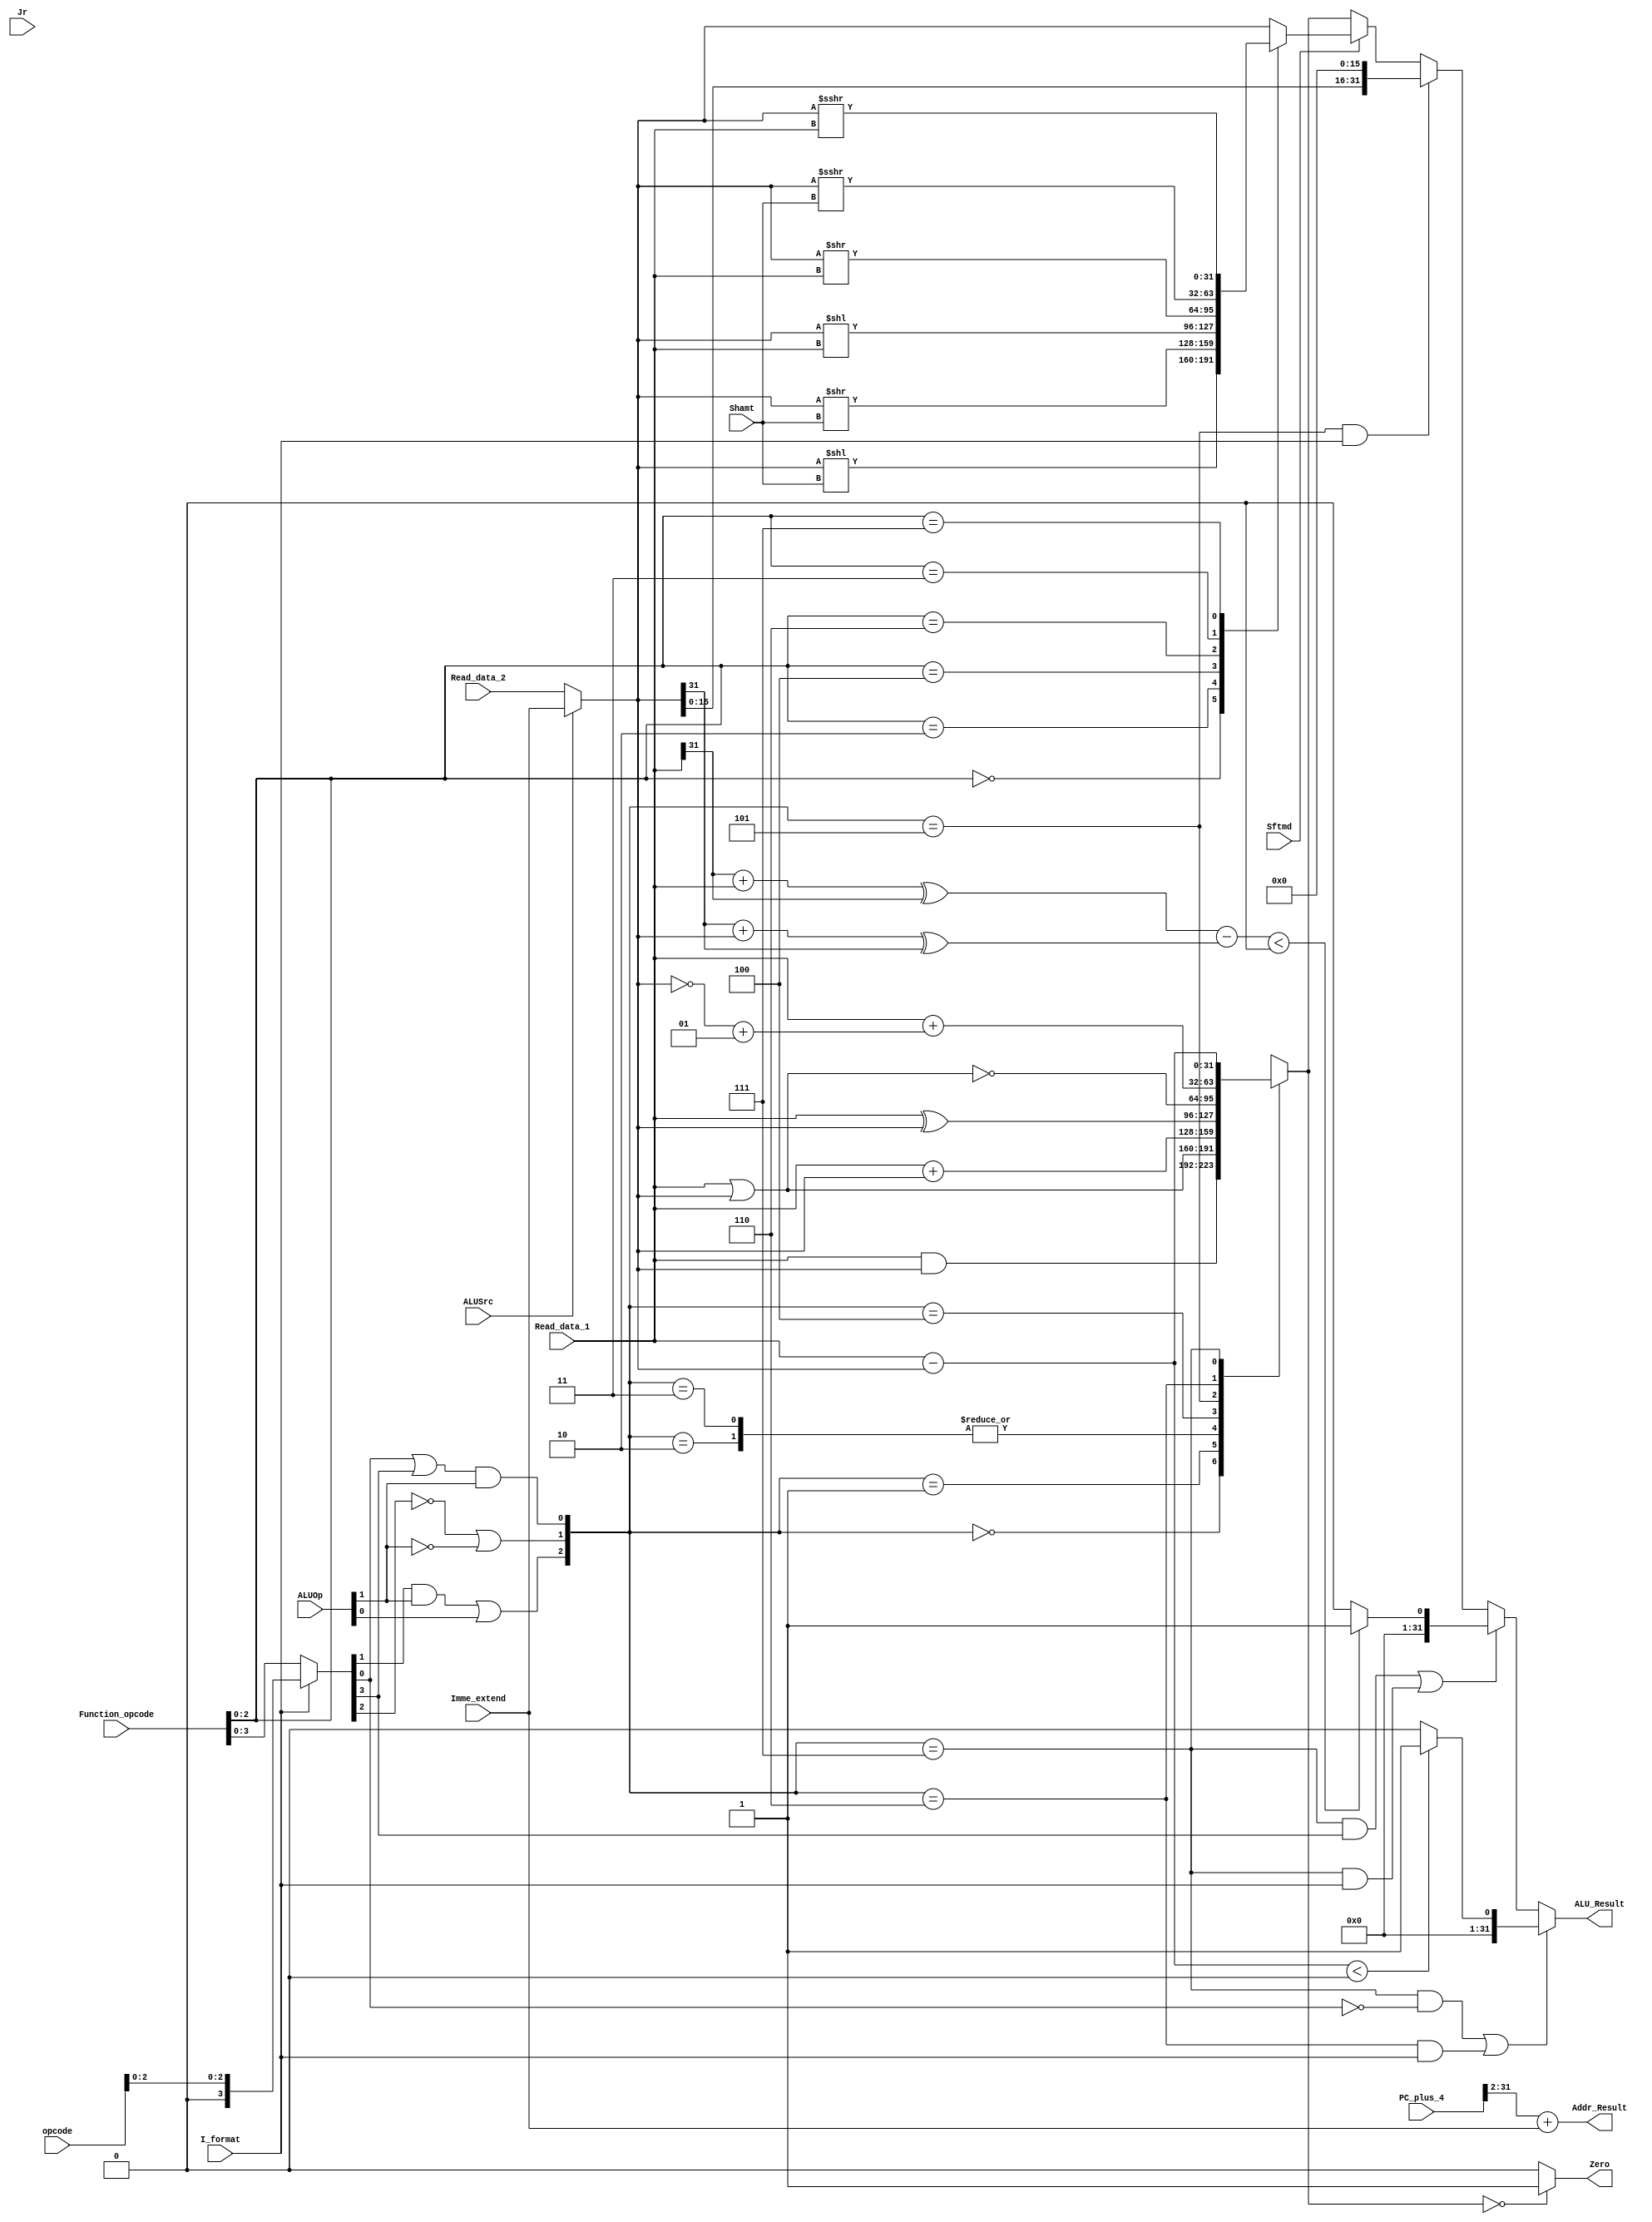
module Executs32(
input[31:0] Read_data_1,
input[31:0] Read_data_2,
input[31:0] Imme_extend,
input[5:0] Function_opcode,
input[5:0] opcode,
input[1:0] ALUOp,
input[4:0] Shamt,
input Sftmd,
input ALUSrc,
input I_format,
input Jr,
input[31:0] PC_plus_4,

output Zero,
output reg [31:0] ALU_Result,
output [31:0] Addr_Result

);

wire signed [31:0] Ainput, Binput;//take into account sltu
wire [31:0] abs_A, abs_B;
wire[5:0] Exe_code;
wire[2:0] ALU_ctl;
wire[2:0] Sftm;
reg[31:0] Shift_Result;

wire[32:0] Branch_Addr;
//choosing operand
assign Ainput = Read_data_1;
assign Binput = (ALUSrc == 0) ? Read_data_2 : Imme_extend[31:0];
assign abs_A = ((Ainput >>> 31) + Ainput) ^ (Ainput >>> 31);
assign abs_B = ((Binput >>> 31) + Binput) ^ (Binput >>> 31);
//internal control 
assign Exe_code = (I_format == 0) ? Function_opcode : {3'b000, opcode[2:0]};
assign ALU_ctl[0] = (Exe_code[0] | Exe_code[3]) & ALUOp[1]; 
assign ALU_ctl[1] = ( (!Exe_code[2]) | (!ALUOp[1]) );
assign ALU_ctl[2] = ( Exe_code[1] & ALUOp[1] ) | ALUOp[0];
//identify the type of shift instruction
assign Sftm = Function_opcode[2:0];

//part1: Arithmetic and logical operation
reg[31:0] ALU_output_mux;

always @(ALU_ctl or Ainput or Binput)
begin
case(ALU_ctl)
    3'b000: ALU_output_mux = Ainput & Binput;
    3'b001: ALU_output_mux = Ainput | Binput;
    3'b010: ALU_output_mux = Ainput + Binput;
    3'b011: ALU_output_mux = Ainput + Binput;//addu addiu
    3'b100: ALU_output_mux = Ainput ^ Binput;
    3'b101: ALU_output_mux = ~(Ainput | Binput);
    3'b110: ALU_output_mux = Ainput + (~Binput +1);//beq bne sub slti
    3'b111: ALU_output_mux = Ainput - Binput; //subu, sltiu slt sltu
    default: ALU_output_mux = 32'h0000_0000;
endcase
end
//part2: Shift operation 
always @* 
begin 
    if(Sftmd)
        case(Sftm[2:0])
            3'b000:Shift_Result = Binput << Shamt; //Sll rd,rt,shamt 00000
            3'b010:Shift_Result = Binput >> Shamt; //Srl rd,rt,shamt 00010
            3'b100:Shift_Result = Binput << Ainput; //Sllv rd,rt,rs 000100
            3'b110:Shift_Result = Binput >> Ainput; //Srlv rd,rt,rs 000110
            3'b011:Shift_Result =  Binput >>> Shamt;     //Sra rd,rt,shamt 00011
            3'b111:Shift_Result = Binput >>> Ainput; //Srav rd,rt,rs 00111
            default:Shift_Result = Binput;
        endcase
    else
        Shift_Result = Binput;
end
//choosing result 
always @* begin
    //slt or slti
    if(((ALU_ctl==3'b111) && (Exe_code[0]==0))||((ALU_ctl == 3'b110) && (I_format==1)))
        ALU_Result = (Ainput-Binput<0) ? 1:0;
        //sltu or sltiu
    else if (((ALU_ctl==3'b111) && (Exe_code[3]==1)) ||((ALU_ctl == 3'b111) && I_format == 1 ))
        ALU_Result = (abs_A - abs_B<0) ? 1:0;
    else if((ALU_ctl==3'b101) && (I_format==1))
        ALU_Result[31:0]={Binput[15:0],{16{1'b0}}};
    else if(Sftmd==1)
        ALU_Result = Shift_Result;
    else
        ALU_Result = ALU_output_mux[31:0];
end

assign Branch_Addr = PC_plus_4[31:2] + Imme_extend[31:0];
assign Addr_Result = Branch_Addr[31:0];
assign Zero = (ALU_output_mux[31:0]== 32'h0000_0000) ? 1'b1 : 1'b0;


endmodule